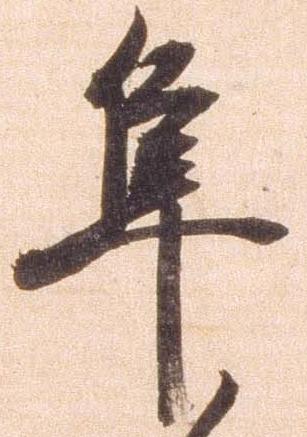
隼